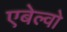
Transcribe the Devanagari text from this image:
एबेल्वो